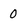
Character: 0